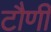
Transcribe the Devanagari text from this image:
टौणी